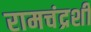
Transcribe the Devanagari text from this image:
रामचंद्रशी